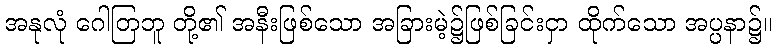
အနုလုံ ဂေါတြဘူ တို့၏ အနီးဖြစ်သော အခြားမဲ့၌ဖြစ်ခြင်းငှာ ထိုက်သော အပ္ပနာ၌။